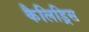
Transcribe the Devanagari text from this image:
कैलिड्रिस